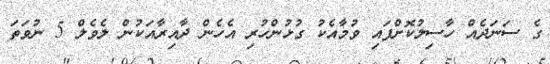
ގެ ސަނަދެއް ހާސިލުކޮށްފައި ވުމާއެކު ގުޅުންހުރި އެހެން ދާއިރާއަކުން ލެވެލް 5 ނުވަތަ